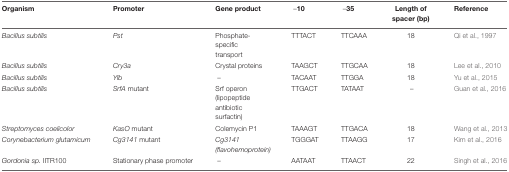
<table><thead><tr><td><b>Organism</b></td><td><b>Promoter</b></td><td><b>Gene product</b></td><td><b>–10</b></td><td><b>–35</b></td><td><b>Length of spacer (bp)</b></td><td><b>Reference</b></td></tr></thead><tbody><tr><td><i>Bacillus subtilis</i></td><td><i>Pst</i></td><td>Phosphate-specific transport</td><td>TTTACT</td><td>TTCAAA</td><td>18</td><td>Qi et al., 1997</td></tr><tr><td><i>Bacillus subtilis</i></td><td><i>Cry3a</i></td><td>Crystal proteins</td><td>TAAGCT</td><td>TTGCAA</td><td>18</td><td>Lee et al., 2010</td></tr><tr><td><i>Bacillus subtilis</i></td><td><i>Ylb</i></td><td>–</td><td>TACAAT</td><td>TTGGA</td><td>18</td><td>Yu et al., 2015</td></tr><tr><td><i>Bacillus subtilis</i></td><td><i>SrfA</i> mutant</td><td>Srf operon (lipopeptide antibiotic surfactin)</td><td>TTGACT</td><td>TATAAT</td><td>–</td><td>Guan et al., 2016</td></tr><tr><td><i>Streptomyces coelicolor</i></td><td><i>KasO</i> mutant</td><td>Colemycin P1</td><td>TAAAGT</td><td>TTGACA</td><td>18</td><td>Wang et al., 2013</td></tr><tr><td><i>Corynebacterium glutamicum</i></td><td><i>Cg3141</i> mutant</td><td><i>Cg3141 (flavohemoprotein)</i></td><td>TGGGAT</td><td>TTAAGG</td><td>17</td><td>Kim et al., 2016</td></tr><tr><td><i>Gordonia sp.</i> IITR100</td><td>Stationary phase promoter</td><td>–</td><td>AATAAT</td><td>TTAACT</td><td>22</td><td>Singh et al., 2016</td></tr></tbody></table>